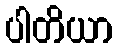
ပါတိယာ